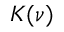
\boldsymbol { K } ( \nu )